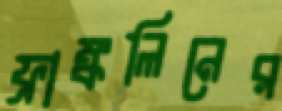
ফ্রাঙ্কলিনের